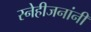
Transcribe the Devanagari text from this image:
स्नेहीजनांनी